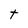
Character: t